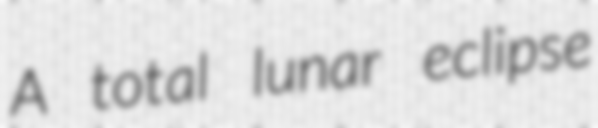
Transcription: A total lunar eclipse